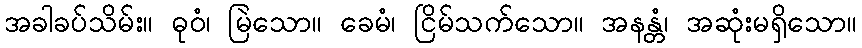
အခါခပ်သိမ်း။ ဓုဝံ၊ မြဲသော။ ခေမံ၊ ငြိမ်သက်သော။ အနန္တံ၊ အဆုံးမရှိသော။